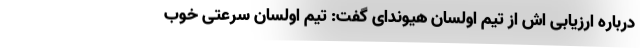
درباره ارزیابی اش از تیم اولسان هیوندای گفت: تیم اولسان سرعتی خوب